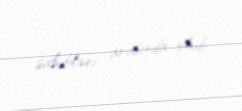
sahibləri arasında olub.